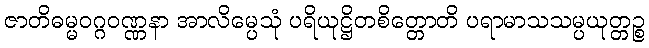
ဇာတိဓမ္မဝဂ္ဂဝဏ္ဏနာ အာလိမ္ပေသုံ ပရိယုဋ္ဌိတစိတ္တောတိ ပရာမာသသမ္ပယုတ္တဉ္စ